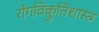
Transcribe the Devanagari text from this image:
रोगविक्रुतिशास्त्र